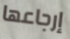
إرجاعها